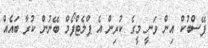
ފޭސްބުކް އިން ވަނީ މީގެ ކުރިން އެ ޕްލެޓްފޯމް ބޭނުން ކުރާ ބައެއް